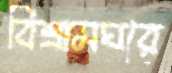
বিশ্রামঘরে